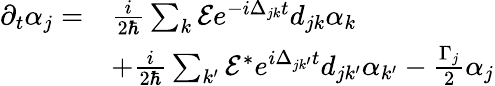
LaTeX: \begin{array}{rl}{\partial_{t}\alpha_{j}=}&{\frac{i}{2\hbar}\sum_{k}\mathcal{E}e^{-i\Delta_{jk}t}d_{jk}\alpha_{k}}\\ &{+\frac{i}{2\hbar}\sum_{k^{\prime}}\mathcal{E}^{*}e^{i\Delta_{jk^{\prime}}t}d_{jk^{\prime}}\alpha_{k^{\prime}}-\frac{\Gamma_{j}}{2}\alpha_{j}}\end{array}